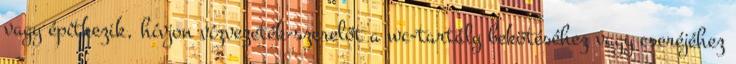
vagy építkezik, hívjon vízvezeték-szerelőt a wc-tartály bekötéséhez vagy cseréjéhez